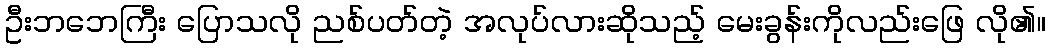
ဦးဘဘေကြီး ပြောသလို ညစ်ပတ်တဲ့ အလုပ်လားဆိုသည့် မေးခွန်းကိုလည်းဖြေ လို၏။